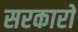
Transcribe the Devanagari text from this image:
सरकाराें